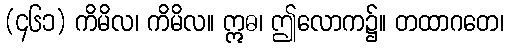
(၄၆၁) ကိမိလ၊ ကိမိလ။ ဣဓ၊ ဤလောက၌။ တထာဂတေ၊